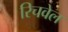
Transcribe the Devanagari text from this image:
रिचवेल